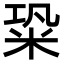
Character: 䊄